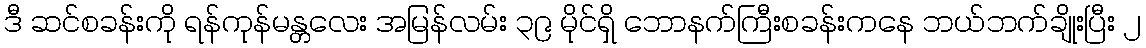
ဒီ ဆင်စခန်းကို ရန်ကုန်မန္တလေး အမြန်လမ်း ၃၉ မိုင်ရှိ ဘောနက်ကြီးစခန်းကနေ ဘယ်ဘက်ချိုးပြီး ၂